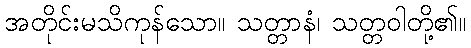
အတိုင်းမသိကုန်သော။ သတ္တာနံ၊ သတ္တဝါတို့၏။